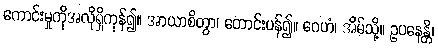
ကောင်းမှုကိုအလိုရှိကုန်၍။ အာယာစိတွာ၊ တောင်းပန်၍။ ဂေဟံ၊ အိမ်သို့။ ဥပနေန္တိ၊